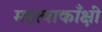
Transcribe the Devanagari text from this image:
महत्वाकाँक्षी